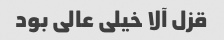
قزل آلا خیلی عالی بود